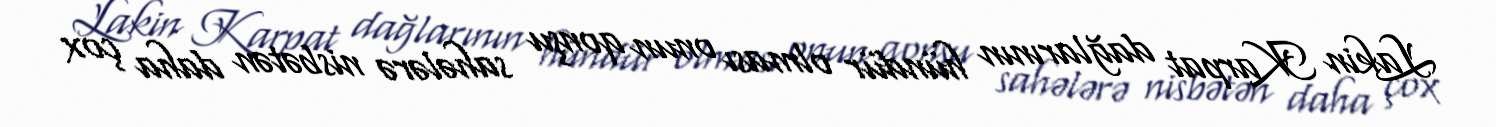
Lakin Karpat dağlarının hündür olması onun qonşu sahələrə nisbətən daha çox